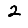
Digit: 2